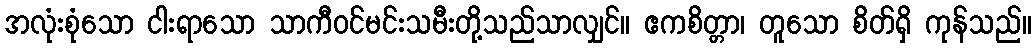
အလုံးစုံသော ငါးရာသော သာကီဝင်မင်းသမီးတို့သည်သာလျှင်။ ဧကစိတ္တာ၊ တူသော စိတ်ရှိ ကုန်သည်။